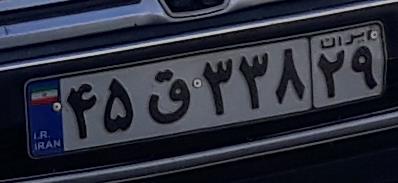
۴۵ق۳۳۸۲۹